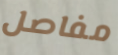
مفاصل